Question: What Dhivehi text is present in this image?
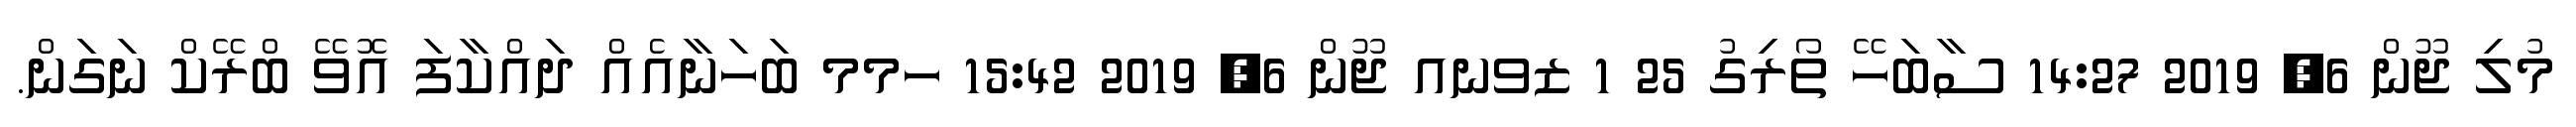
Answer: މުލި ޖޫން 6, 2019 14:27 ސާބަހޭ ތޯރިގު 25 1 ޒވނއ ޖޫން 6, 2019 15:42 ހމމ ބަހަނާއެއް ދައްކާފަ އޮވޭ ބްރޭކް ނަގަން.